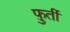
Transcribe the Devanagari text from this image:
फ़ुर्ती